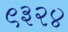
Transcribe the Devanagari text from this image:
९३२४